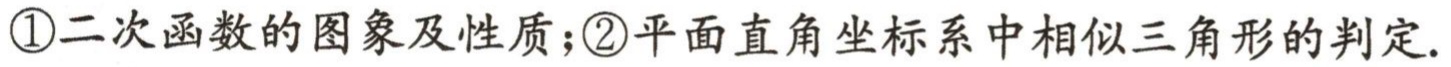
\textcircled{1}二次函数的图象及性质；\textcircled{2}平面直角坐标系中相似三角形的判定.